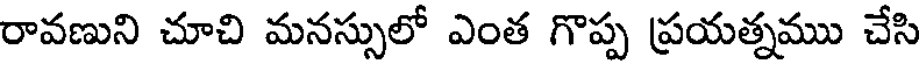
రావణుని చూచి మనస్సులో ఎంత గొప్ప ప్రయత్నము చేసి